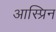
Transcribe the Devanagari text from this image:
आस्प्रिन